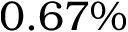
0 . 6 7 \%